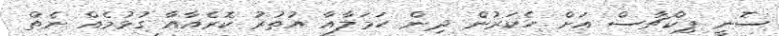
ސޮނީ ޕިކްޗާސް އަށް ހެކަރުން ދިން ހަމަލާއާ އުތުރު ކޮރެއާއާ ގުޅުމެއް ނެތް